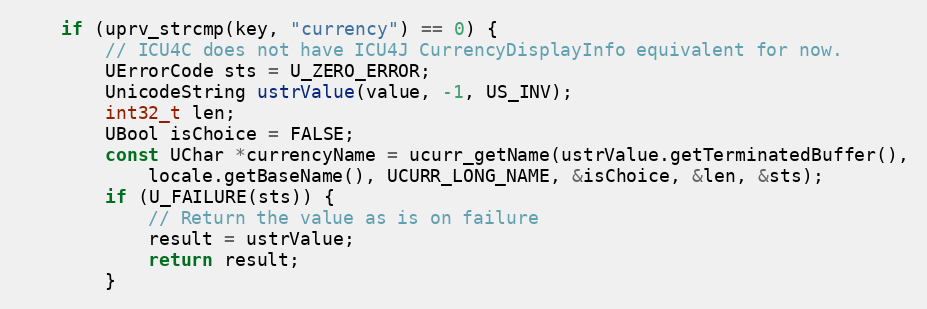
Language: C++
    if (uprv_strcmp(key, "currency") == 0) {
        // ICU4C does not have ICU4J CurrencyDisplayInfo equivalent for now.
        UErrorCode sts = U_ZERO_ERROR;
        UnicodeString ustrValue(value, -1, US_INV);
        int32_t len;
        UBool isChoice = FALSE;
        const UChar *currencyName = ucurr_getName(ustrValue.getTerminatedBuffer(),
            locale.getBaseName(), UCURR_LONG_NAME, &isChoice, &len, &sts);
        if (U_FAILURE(sts)) {
            // Return the value as is on failure
            result = ustrValue;
            return result;
        }